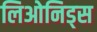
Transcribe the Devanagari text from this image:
लिओनिड्‌स